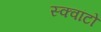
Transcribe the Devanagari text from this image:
स्क्वांटो